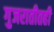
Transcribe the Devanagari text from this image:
गुजरातीतही